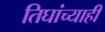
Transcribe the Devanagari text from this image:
तिघांच्याही